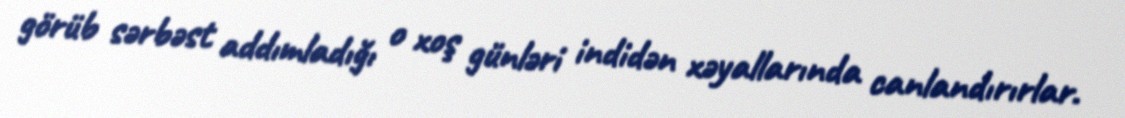
görüb sərbəst addımladığı o xoş günləri indidən xəyallarında canlandırırlar.